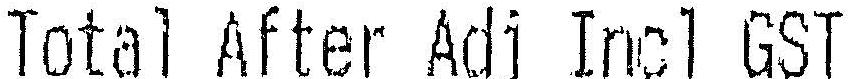
TOTAL AFTER ADJ INCL GST